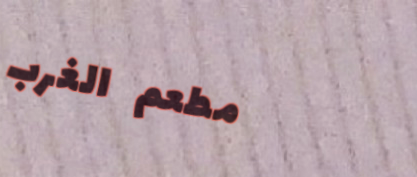
مطعم الغرب